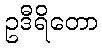
ဥဒီရိတော